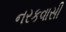
નરકવાસી